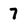
Character: 7